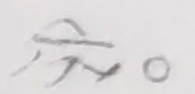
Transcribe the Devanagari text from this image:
The text in the image is handwritten and appears to be a Devanagari character followed by a circle. The first character looks like "टो" (to) but has an additional, non-standard stroke extending downwards and to the left from the 'ो' matra. This makes the complete character ambiguous and difficult to identify as a standard Devanagari letter or conjunct. The circle "०" (zero or full stop) is clear. Due to the ambiguity of the first character, it cannot be definitively read.